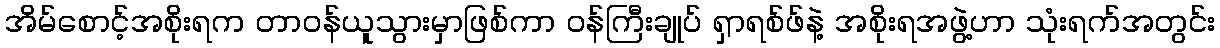
အိမ်စောင့်အစိုးရက တာဝန်ယူသွားမှာဖြစ်ကာ ဝန်ကြီးချုပ် ရှာရစ်ဖ်နဲ့ အစိုးရအဖွဲ့ဟာ သုံးရက်အတွင်း